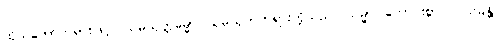
ထိုသဘောတရားဖြင့်။ သမ္ပယုတ္တဓမ္မာ၊ သမ္ပယုတ်တရားတို့သည်။ သမ္မာ၊ ကောင်းစွာ။ ဝါယမန္တိ၊